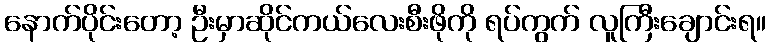
နောက်ပိုင်းတော့ ဦးမှာဆိုင်ကယ်လေးစီးဖိုကို ရပ်ကွက် လူကြီးချောင်းရ။